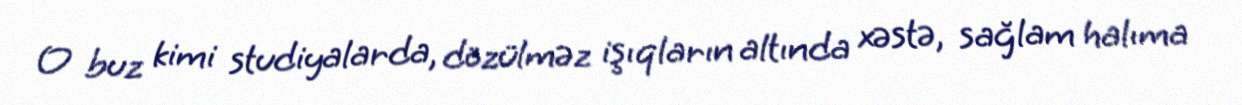
O buz kimi studiyalarda, dözülməz işıqların altında xəstə, sağlam halıma